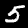
Label: 5